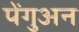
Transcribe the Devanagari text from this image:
पेंगुअन